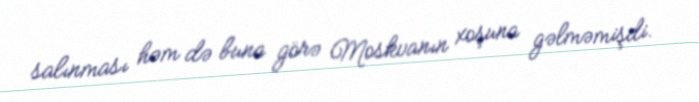
salınması həm də buna görə Moskvanın xoşuna gəlməmişdi.